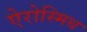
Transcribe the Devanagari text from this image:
ऐरोस्मिथ